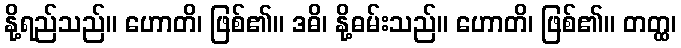
နို့ရည်သည်။ ဟောတိ၊ ဖြစ်၏။ ဒဓိ၊ နို့ဓမ်းသည်။ ဟောတိ၊ ဖြစ်၏။ တတ္ထ၊